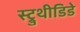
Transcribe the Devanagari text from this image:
स्ट्रुथीडिडे